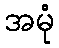
အမုံ